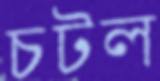
চটল